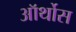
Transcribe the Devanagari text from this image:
ऑर्थोस